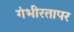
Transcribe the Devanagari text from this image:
गंभीरतापर